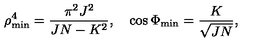
\rho _ { \mathrm { m i n } } ^ { 4 } = \frac { \pi ^ { 2 } J ^ { 2 } } { J N - K ^ { 2 } } , \quad \cos \Phi _ { \mathrm { m i n } } = \frac { K } { \sqrt { J N } } ,